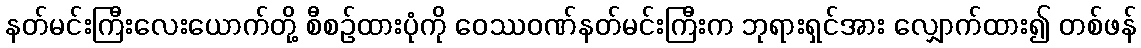
နတ်မင်းကြီးလေးယောက်တို့ စီစဉ်ထားပုံကို ဝေဿဝဏ်နတ်မင်းကြီးက ဘုရားရှင်အား လျှောက်ထား၍ တစ်ဖန်